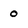
Character: 0